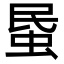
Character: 𧊈